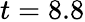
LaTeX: t=8.8